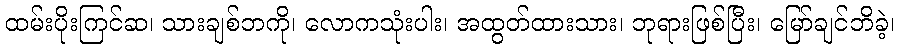
ထမ်းပိုးကြင်ဆ၊ သားချစ်ဘကို၊ လောကသုံးပါး၊ အထွတ်ထားသား၊ ဘုရားဖြစ်ပြီး၊ မြော်ချင်ဘိခဲ့၊